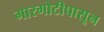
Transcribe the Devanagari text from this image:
गारगोटीपासून